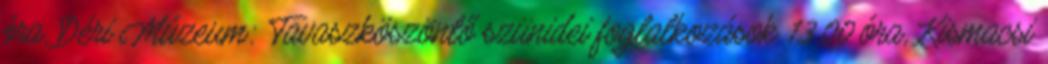
óra, Déri Múzeum: Tavaszköszöntő szünidei foglalkozások 13.00 óra, Kismacsi